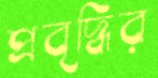
প্রবৃদ্ধির